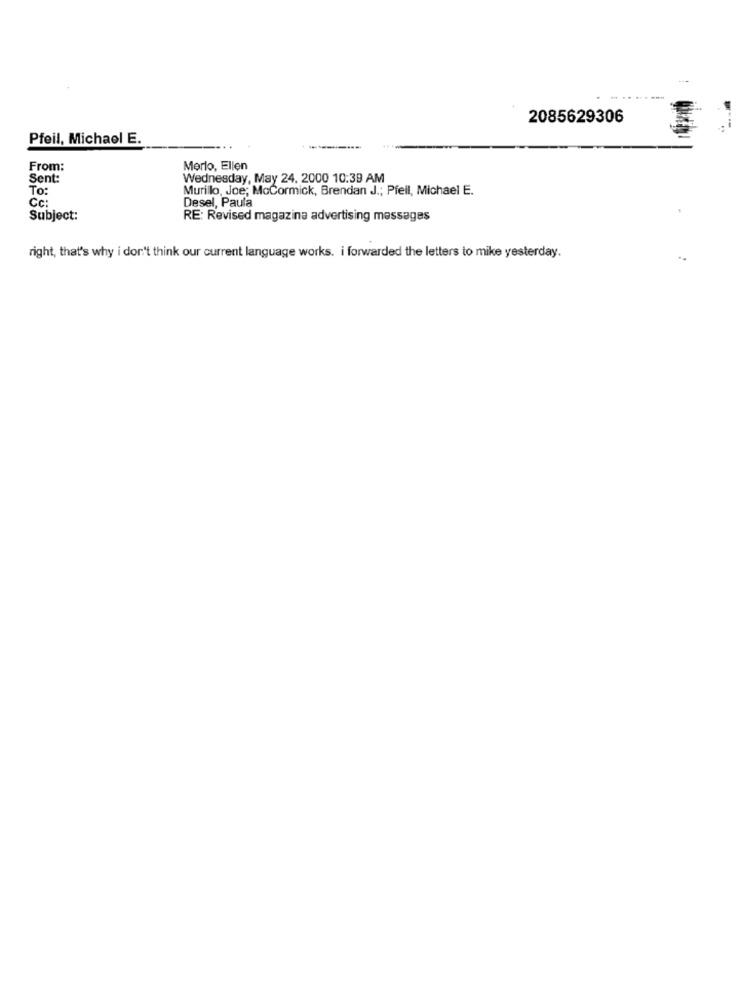
2085629306
Pfeil, Michael E.
From:
Merlo, Ellen
Sent:
Wednesday, May 24, 2000 10:39 AM
To:
Murillo, Joe; McCormick, Brendan J .; Pfeil, Michael E.
Desel, Paula
Cc:
Subject:
RE: Revised magazine advertising messages
right, that's why i don't think our current language works. i forwarded the letters to mike yesterday.